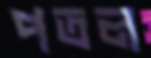
পতল